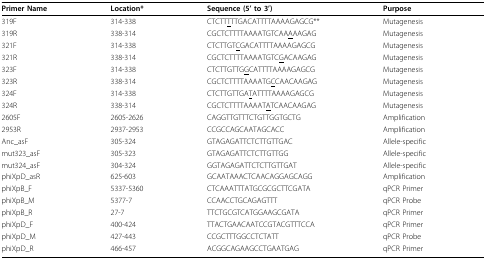
<table><thead><tr><td><b>Primer Name</b></td><td><b>Location*</b></td><td><b>Sequence (5&#x27; to 3&#x27;)</b></td><td><b>Purpose</b></td></tr></thead><tbody><tr><td>319F</td><td>314-338</td><td>CTCTT<underline>T</underline>TTGACATTTTAAAAGAGCG**</td><td>Mutagenesis</td></tr><tr><td>319R</td><td>338-314</td><td>CGCTCTTTTAAAATGTCAA<underline>A</underline>AAGAG</td><td>Mutagenesis</td></tr><tr><td>321F</td><td>314-338</td><td>CTCTTGT<underline>C</underline>GACATTTTAAAAGAGCG</td><td>Mutagenesis</td></tr><tr><td>321R</td><td>338-314</td><td>CGCTCTTTTAAAATGTC<underline>G</underline>ACAAGAG</td><td>Mutagenesis</td></tr><tr><td>323F</td><td>314-338</td><td>CTCTTGTTG<underline>G</underline>CATTTTAAAAGAGCG</td><td>Mutagenesis</td></tr><tr><td>323R</td><td>338-314</td><td>CGCTCTTTTAAAATG<underline>C</underline>CAACAAGAG</td><td>Mutagenesis</td></tr><tr><td>324F</td><td>314-338</td><td>CTCTTGTTGA<underline>T</underline>ATTTTAAAAGAGCG</td><td>Mutagenesis</td></tr><tr><td>324R</td><td>338-314</td><td>CGCTCTTTTAAAAT<underline>A</underline>TCAACAAGAG</td><td>Mutagenesis</td></tr><tr><td>2605F</td><td>2605-2626</td><td>CAGGTTGTTTCTGTTGGTGCTG</td><td>Amplification</td></tr><tr><td>2953R</td><td>2937-2953</td><td>CCGCCAGCAATAGCACC</td><td>Amplification</td></tr><tr><td>Anc_asF</td><td>305-324</td><td>GTAGAGATTCTCTTGTTGAC</td><td>Allele-specific</td></tr><tr><td>mut323_asF</td><td>305-323</td><td>GTAGAGATTCTCTTGTTGG</td><td>Allele-specific</td></tr><tr><td>mut324_asF</td><td>304-324</td><td>GGTAGAGATTCTCTTGTTGAT</td><td>Allele-specific</td></tr><tr><td>phiXpD_asR</td><td>625-603</td><td>GCAATAAACTCAACAGGAGCAGG</td><td>Amplification</td></tr><tr><td>phiXpB_F</td><td>5337-5360</td><td>CTCAAATTTATGCGCGCTTCGATA</td><td>qPCR Primer</td></tr><tr><td>phiXpB_M</td><td>5377-7</td><td>CCAACCTGCAGAGTTT</td><td>qPCR Probe</td></tr><tr><td>phiXpB_R</td><td>27-7</td><td>TTCTGCGTCATGGAAGCGATA</td><td>qPCR Primer</td></tr><tr><td>phiXpD_F</td><td>400-424</td><td>TTACTGAACAATCCGTACGTTTCCA</td><td>qPCR Primer</td></tr><tr><td>phiXpD_M</td><td>427-443</td><td>CCGCTTTGGCCTCTATT</td><td>qPCR Probe</td></tr><tr><td>phiXpD_R</td><td>466-457</td><td>ACGGCAGAAGCCTGAATGAG</td><td>qPCR Primer</td></tr></tbody></table>